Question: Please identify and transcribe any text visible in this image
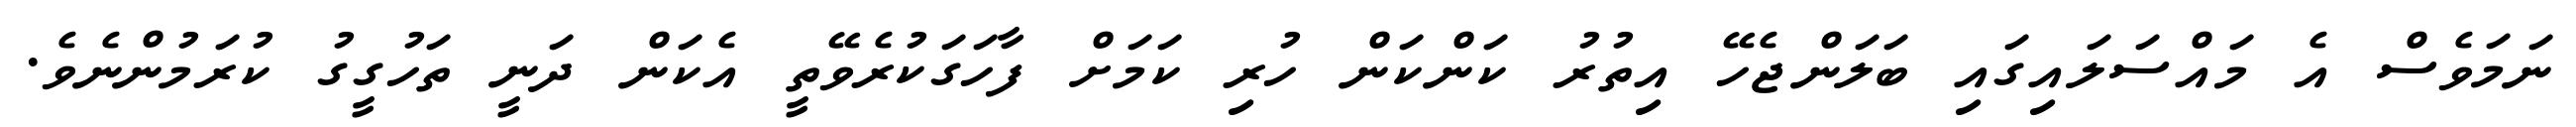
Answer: ނަމަވެސް އެ މައްސަލައިގައި ބަލަންޖެހޭ އިތުރު ކަންކަން ހުރި ކަމަށް ފާހަގަކުރެވޭތީ އެކަން ދަނީ ތަހުގީގު ކުރަމުންނެވެ.